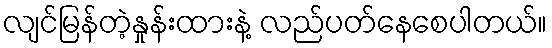
လျင်မြန်တဲ့နှုန်းထားနဲ့ လည်ပတ်နေစေပါတယ်။